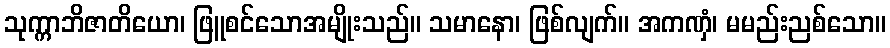
သုက္ကာဘိဇာတိယော၊ ဖြူစင်သောအမျိုးသည်။ သမာနော၊ ဖြစ်လျက်။ အကဏှံ၊ မမည်းညစ်သော။